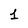
Character: 1